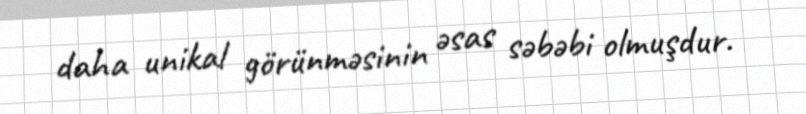
daha unikal görünməsinin əsas səbəbi olmuşdur.